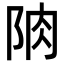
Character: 𨹌